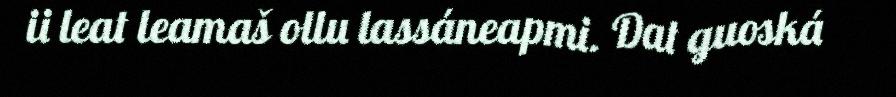
ii leat leamaš ollu lassáneapmi. Dat guoská